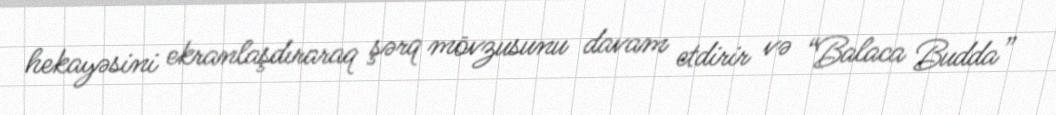
hekayəsini ekranlaşdıraraq şərq mövzusunu davam etdirir və “Balaca Budda”